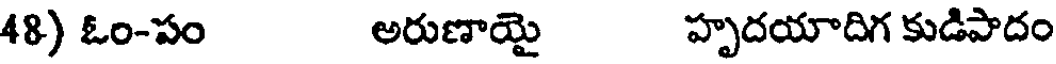
48) ఓం-పం అరుణాయై హృదయాదిగ కుడిపాదం